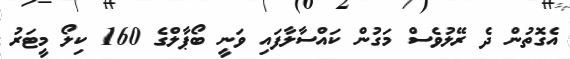
އެގޮތުން ދެ ރޭލުވެސް މަގުން ކައްސާލާފައި ވަނީ ބޯޕާލްގެ 160 ކިލޯ މީޓަރު